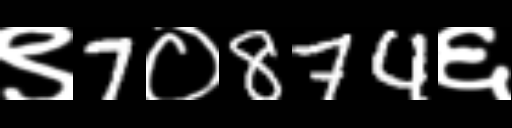
Text: ९7०874६